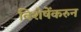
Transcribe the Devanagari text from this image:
विशेषेंकरुन